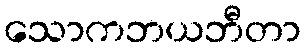
သောကဘယဘီတာ